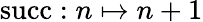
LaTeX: \mathrm{succ}:n\mapsto n+1